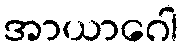
အာယာဂေါ